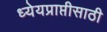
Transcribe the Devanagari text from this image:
ध्येयप्राप्तीसाठी